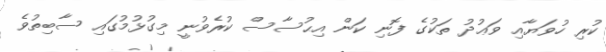
ކުރި ހުވަޔާއި ވަޢުދު ތަކުގެ ފޮނި ކަން އިޙުސާސް ކުރެވުނީ މިގުޅުމުގައި ސާބިތުވެ